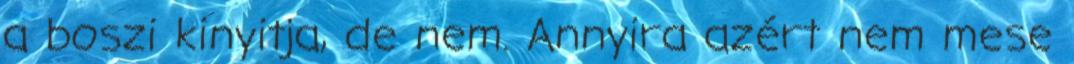
a boszi kinyitja, de nem. Annyira azért nem mese